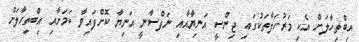
އިބްތިހާލަށް އެކި މަރުހަލާތަކުގައި ޖިންސީ އަނިޔާއާއި ނަފްސާނީ އަނިޔާ ކޮށްފައިވާ ކަމަށާއި އިބްތިހާލަށް